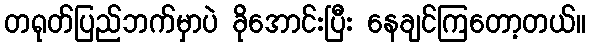
တရုတ်ပြည်ဘက်မှာပဲ ခိုအောင်းပြီး နေချင်ကြတော့တယ်။